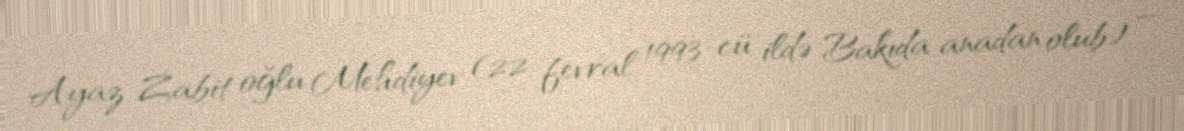
Ayaz Zabit oğlu Mehdiyev (22 fevral 1993-cü ildə Bakıda anadan olub) —